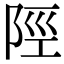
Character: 陘